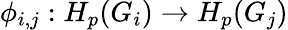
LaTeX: \phi_{i,j}:H_{p}(G_{i})\to H_{p}(G_{j})